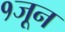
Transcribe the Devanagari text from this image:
१जून